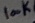
Text: 100K